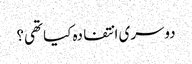
دوسری انتفادہ کیا تھی؟